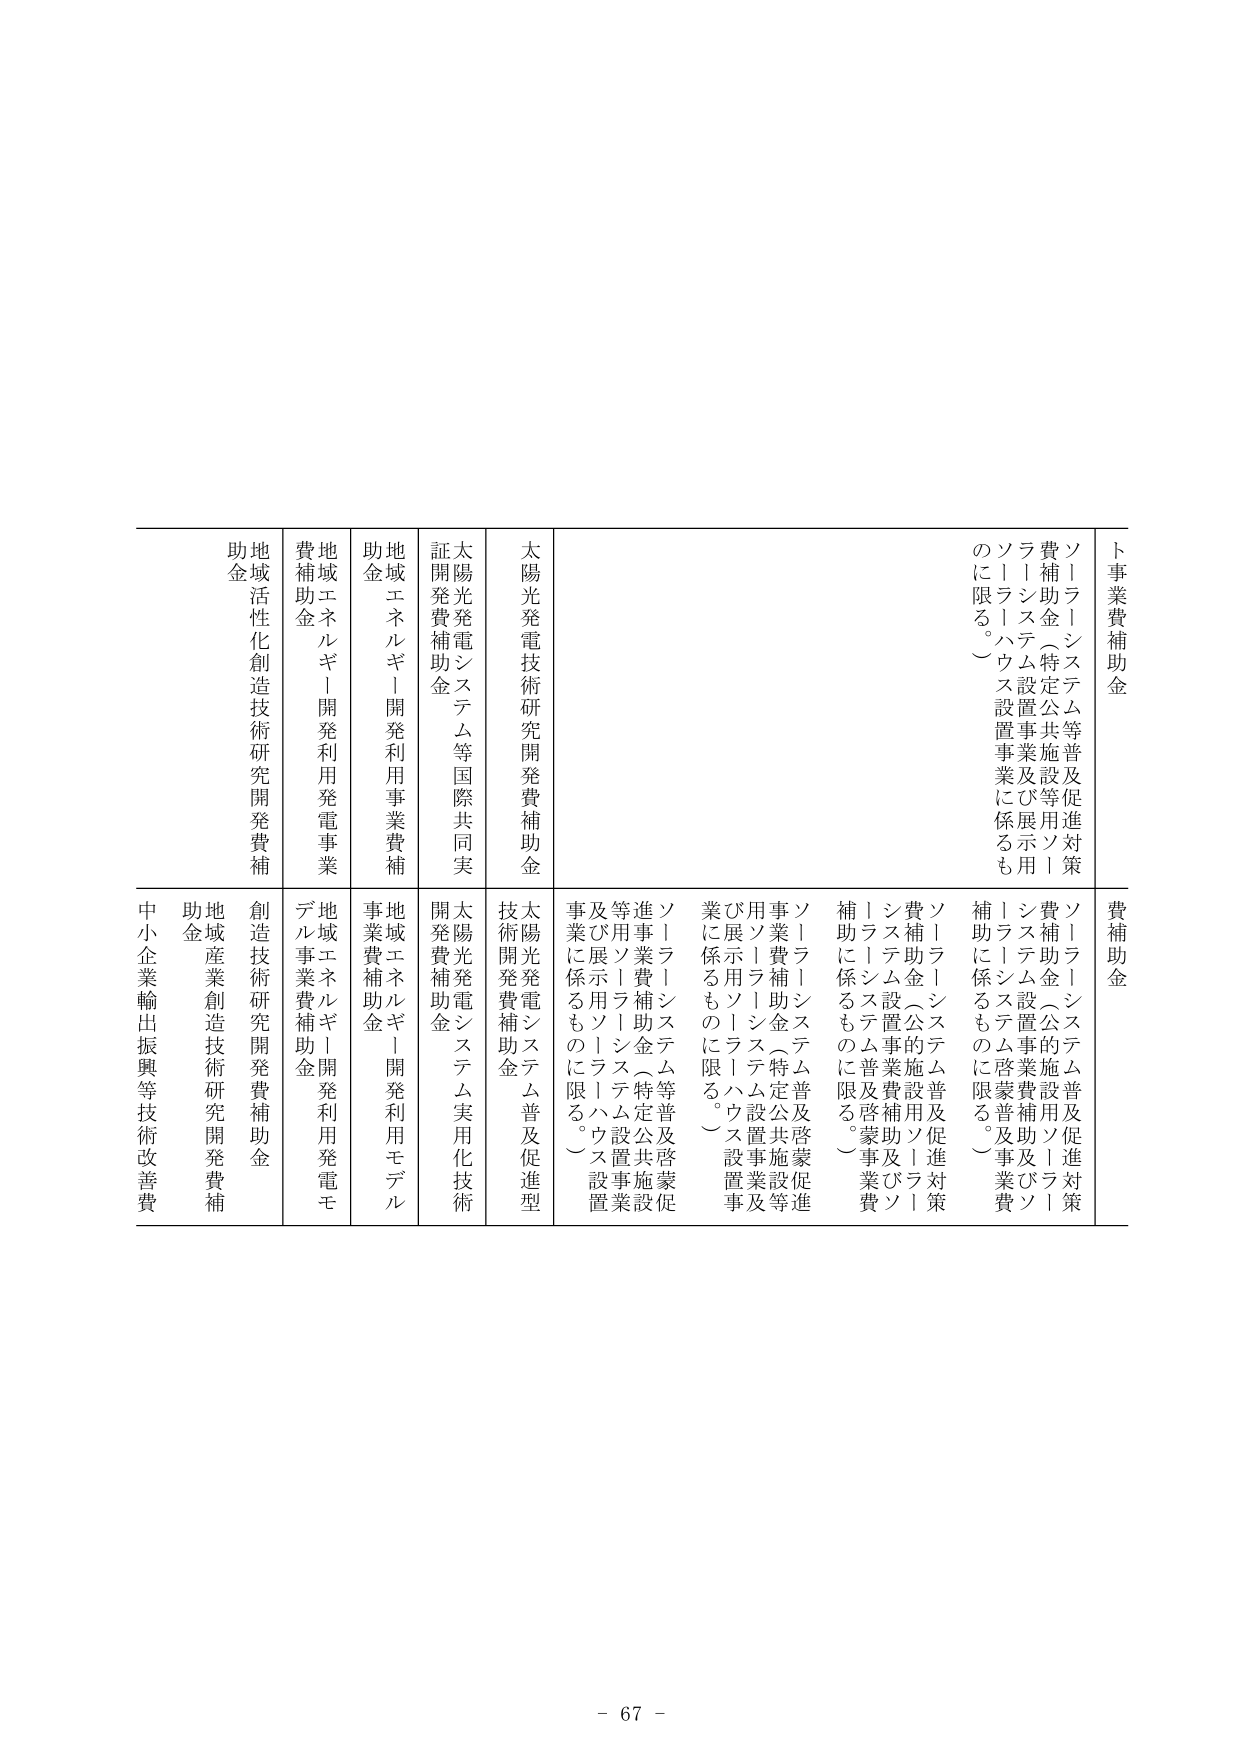
ト事業費補助金
ソーラーシステム等普及促進対策
費補助金（特定公共施設等用ソーラーシステム設置事業及び展示用ソーラーハウス設置事業に係るものに限る。）

費補助金
ソーラーシステム普及促進対策
費補助金（公共施設用ソーラーシステム設置事業費補助及びソーラーシステム普及啓蒙事業費補助に係るものに限る。）

ソーラーシステム普及啓蒙促進事業費補助金（特定公共施設等用ソーラーシステム設置事業及び展示用ソーラーハウス設置事業に係るものに限る。）

ソーラーシステム等普及啓蒙促進事業費補助金（特定公共施設等用ソーラーシステム設置事業及び展示用ソーラーハウス設置事業に係るものに限る。）

太陽光発電技術研究開発費補助金
太陽光発電システム普及促進型技術開発費補助金

太陽光発電システム等国際共同実証開発費補助金
太陽光発電システム実用化技術開発費補助金

地域エネルギー開発利用事業費補助金
地域エネルギー開発利用モデル事業費補助金

地域エネルギー開発利用発電事業費補助金
地域エネルギー開発利用発電モデル事業費補助金

地域活性化創造技術研究開発費補助金
創造技術研究開発費補助金

地域産業創造技術研究開発費補助金
中小企業輸出振興等技術改善費

- 67 -